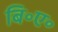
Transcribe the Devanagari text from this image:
बि॰ए॰